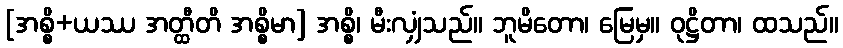
[အစ္စိ+ယဿ အတ္ထီတိ အစ္စိမာ] အစ္စိ၊ မီးလျှံသည်။ ဘူမိတော၊ မြေမှ။ ဝုဋ္ဌိတာ၊ ထသည်။